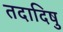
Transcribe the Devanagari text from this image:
तदादिषु